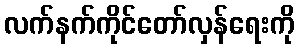
လက်နက်ကိုင်တော်လှန်ရေးကို